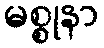
မစ္စုနာ